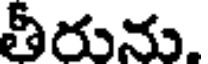
తీరును.